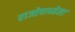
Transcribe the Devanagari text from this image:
राजोपाध्येला